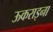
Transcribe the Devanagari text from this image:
ऊकराइना